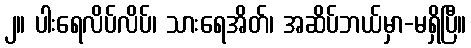
၂။ ပါးရေလိပ်လိပ်၊ သားရေအိတ်၊ အဆိပ်ဘယ်မှာ-မရှိပြီ။